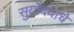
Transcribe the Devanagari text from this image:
सुर्योदयाचे